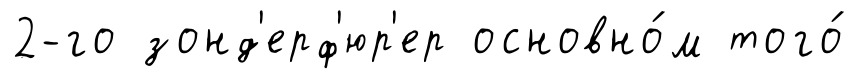
2-го зонд'ерф'юр'ер основно́м того́